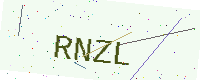
Text: RNZL